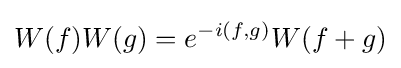
W(f)W(g)=e^{-i(f,g)}W(f+g)